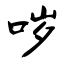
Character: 哕